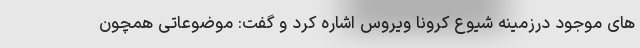
های موجود درزمینه شیوع کرونا ویروس اشاره کرد و گفت: موضوعاتی همچون